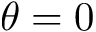
\theta = 0